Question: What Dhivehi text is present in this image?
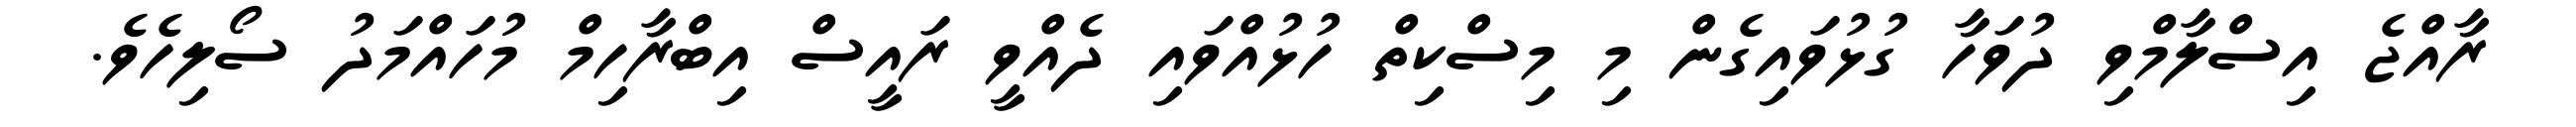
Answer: ރާއްޖެ އިސްލާމްވި ދުވަހާ ގުޅުވައިގެން މި މިސްކިތް ހުޅުއްވައި ދެއްވީ ރައީސް އިބްރާހިމް މުހައްމަދު ސޯލިހެވެ.